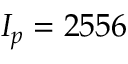
I _ { p } = 2 5 5 6